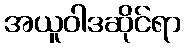
အယူဝါဒဆိုင်ရာ